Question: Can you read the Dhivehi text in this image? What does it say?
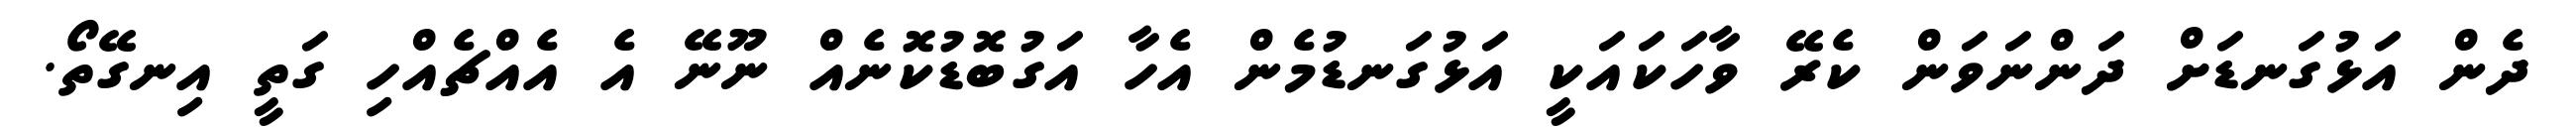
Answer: ދެން އަޅުގަނޑަށް ދަންނަވަން ކެރޭ ވާހަކައަކީ އަޅުގަނޑުމެން އެހާ އަގުބޮޑުކޮނެއް ނޫނޭ އެ އެއްޗެއްހި ގަތީ އިނގޭތޯ.